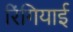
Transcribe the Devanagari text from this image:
रिंगियाई